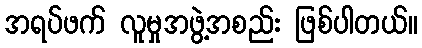
အရပ်ဖက် လူမှုအဖွဲ့အစည်း ဖြစ်ပါတယ်။